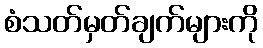
စံသတ်မှတ်ချက်များကို